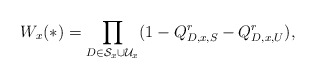
\begin{align*}W_x(*)&=\prod_{D\in\mathcal{S}_{x}\cup \mathcal{U}_{x}}(1- Q_{D,x,S}^r- Q_{D,x,U}^r),\end{align*}